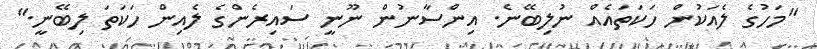
"މަހުގެ ލެއަކުން ހަކަތައެއް ނުލިބޭނެ. އިންސާނުން ނޫނީ ސައިރެންގެ ލެއިން ހަކަތަ ލިބޭނީ."